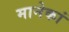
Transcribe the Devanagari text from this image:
मानेकां